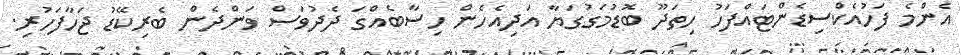
އެންމެ ފަހުއެކްސިޑެންޓައްފަހު ހިތަދޫ ބޮޑުމަގުގަޔާ އަދިއެހެން ހިސާބެއްގަ ދެދުވަސް ވަންދެން ބެރިކޭޑު ޖަހާފަހުރި.